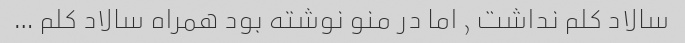
سالاد کلم نداشت , اما در منو نوشته بود همراه سالاد کلم …